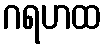
ဂရဟထ